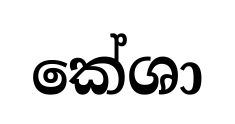
කේශා